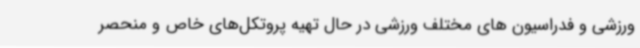
ورزشی و فدراسیون های مختلف ورزشی در حال تهیه پروتکل‌های خاص و منحصر